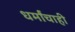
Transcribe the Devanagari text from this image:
धर्मांचाही